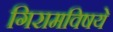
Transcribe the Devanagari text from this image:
गिरामविषये